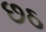
છઠ